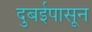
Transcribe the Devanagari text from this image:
दुबईपासून